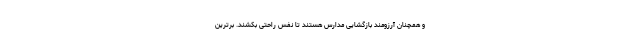
و همچنان آرزومند بازگشایی مدارس هستند تا نفس راحتی بکشند. برترین